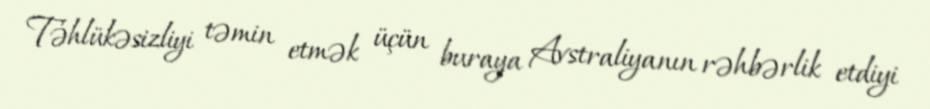
Təhlükəsizliyi təmin etmək üçün buraya Avstraliyanın rəhbərlik etdiyi